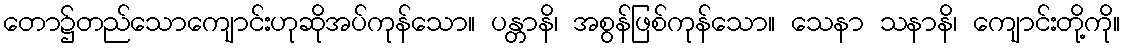
တော၌တည်သောကျောင်းဟုဆိုအပ်ကုန်သော။ ပန္တာနိ၊ အစွန်ဖြစ်ကုန်သော။ သေနာ သနာနိ၊ ကျောင်းတို့ကို။